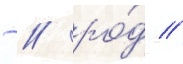
̄ / ро́д //